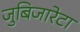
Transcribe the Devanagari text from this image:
जुबिजारेटा